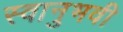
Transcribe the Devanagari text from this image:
स्वानुभवी